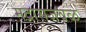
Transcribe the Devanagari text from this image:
मद्रासजवळ